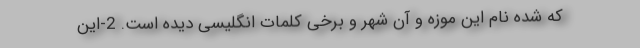
که شده نام این موزه و آن شهر و برخی کلمات انگلیسی دیده است. 2-این